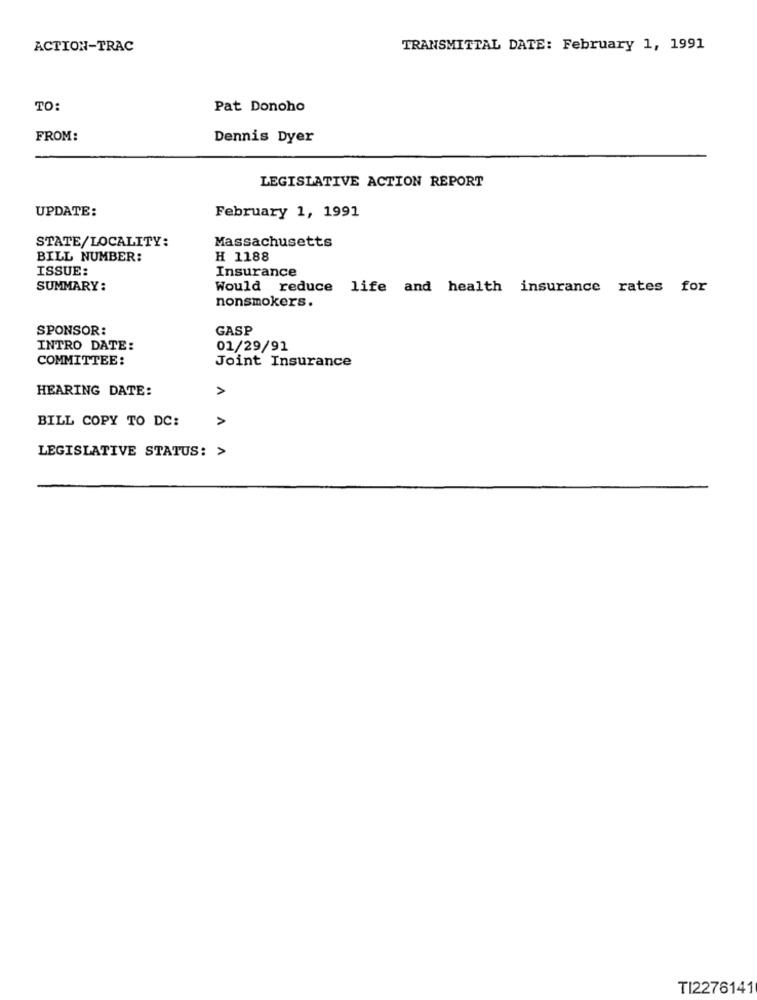
ACTION-TRAC
TRANSMITTAL DATE: February 1, 1991
TO:
Pat Donoho
FROM:
Dennis Dyer
LEGISLATIVE ACTION REPORT
UPDATE:
February 1, 1991
Massachusetts
STATE/LOCALITY:
BILL NUMBER:
H 1188
ISSUE:
Insurance
SUMMARY:
Would reduce life and health insurance rates for
nonsmokers.
SPONSOR:
GASP
INTRO DATE:
01/29/91
COMMITTEE:
Joint Insurance
HEARING DATE:
A
BILL COPY TO DC:
A
LEGISLATIVE STATUS: >
TI2276141